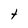
Character: t